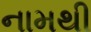
નામથી